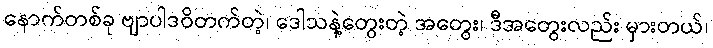
နောက်တစ်ခု ဗျာပါဒဝိတက်တဲ့၊ ဒေါသနဲ့တွေးတဲ့ အတွေး၊ ဒီအတွေးလည်း မှားတယ်၊